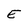
Character: E